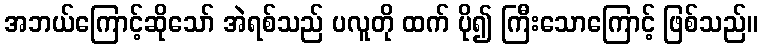
အဘယ်ကြောင့်ဆိုသော် အဲရစ်သည် ပလူတို ထက် ပို၍ ကြီးသောကြောင့် ဖြစ်သည်။